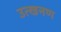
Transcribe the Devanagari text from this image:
उत्खनण